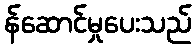
န်ဆောင်မှုပေးသည်